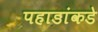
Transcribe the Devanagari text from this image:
पहाडांकडे